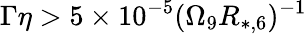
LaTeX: \Gamma\eta>5\times 10^{-5}(\Omega_{9}R_{*,6})^{-1}